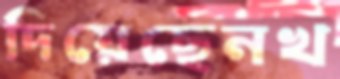
দিয়েছেনখ